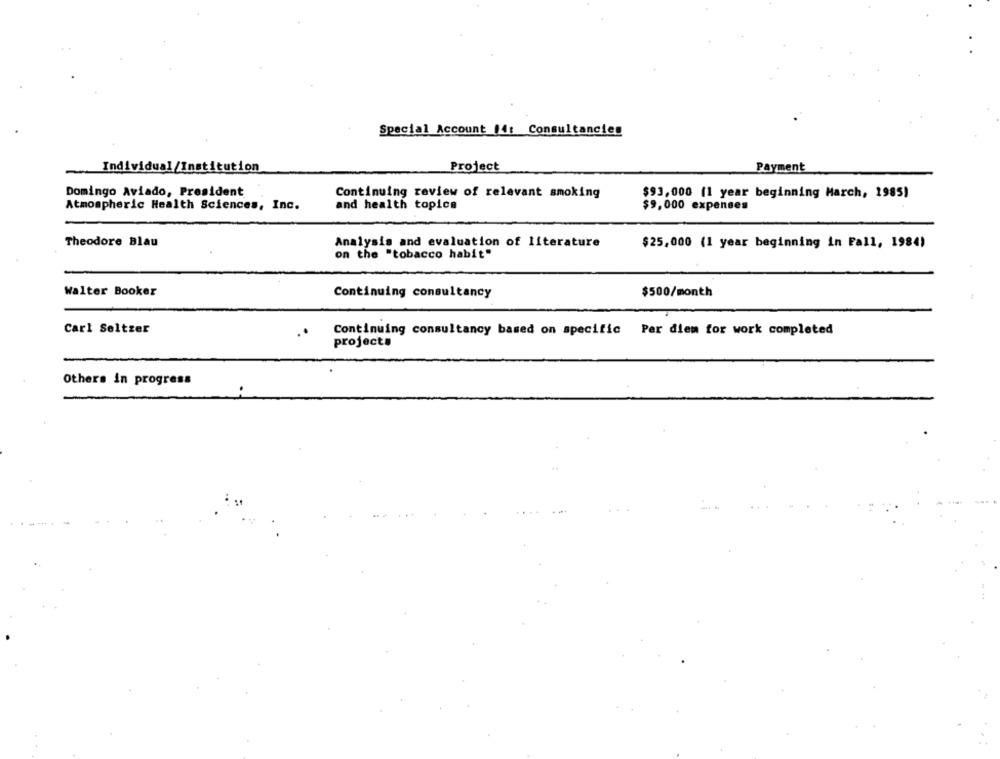
Special Account |4: Consultancien
Project
Payment
Individual/Institution
Domingo Aviado, President
Continuing review of relevant smoking
$93,000 (1 year beginning March, 1985)
Atmospheric Health Sciences, Inc.
and health topics
$9,000 expenses
Theodore Blau
Analysis and evaluation of literature
$25,000 (1 year beginning in Fall, 1984)
on the "tobacco habit"
Walter Booker
Continuing consultancy
$500/month
Carl Seltzer
Continuing consultancy based on specific Per diem for work completed
projects
Others in progress